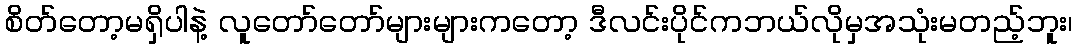
စိတ်တော့မရှိပါနဲ့ လူတော်တော်များများကတော့ ဒီလင်းပိုင်ကဘယ်လိုမှအသုံးမတည့်ဘူး၊